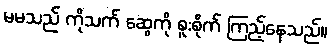
မမသည် ကိုသက် ဆွေကို စူးစိုက် ကြည့်နေသည်။